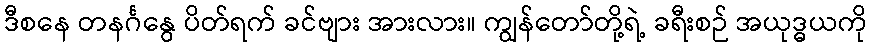
ဒီစနေ တနင်္ဂနွေ ပိတ်ရက် ခင်ဗျား အားလား။ ကျွန်တော်တို့ရဲ့ ခရီးစဉ် အယုဒ္ဓယကို